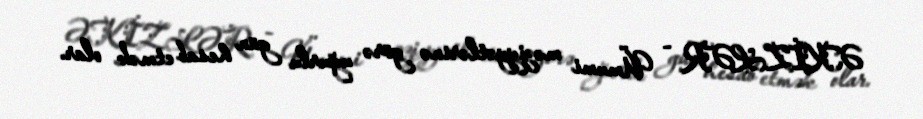
ƏKİZLƏR - Ümumi məziyyətlərinə görə uğurlu gün hesab etmək olar.